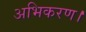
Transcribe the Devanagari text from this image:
अभिकरण।